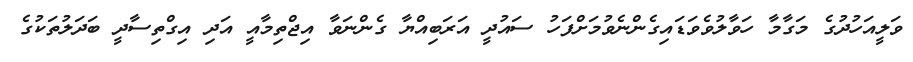
ވަލީއަހުދުގެ މަގާމާ ހަވާލުވެވަޑައިގެންނެވުމަށްފަހު ސައުދީ އަރަބިއްޔާ ގެންނަވާ އިޖްތިމާއީ އަދި އިގްތިސާދީ ބަދަލުތަކުގެ